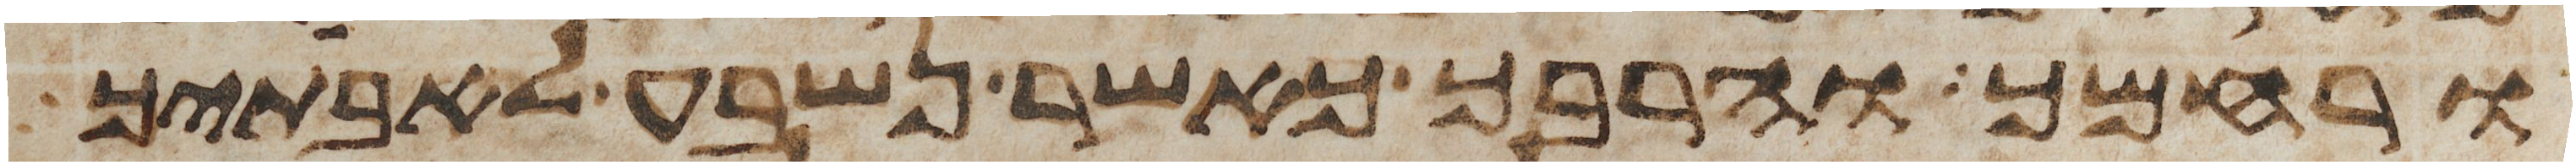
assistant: ורחמך והרבך כאשר נשבע לאבתיך